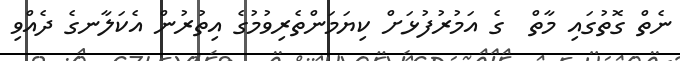
ނެތް ގޮތުގައި މާތް  ގެ އަމުރުފުޅަށް ކިޔަމަންތެރިވުމުގެ އިތުރުން އެކަލާނގެ ދެއްވި